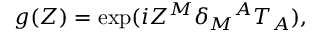
g ( Z ) = \exp ( i Z ^ { M } \delta _ { M } { } ^ { A } T _ { A } ) ,